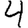
Digit: 4